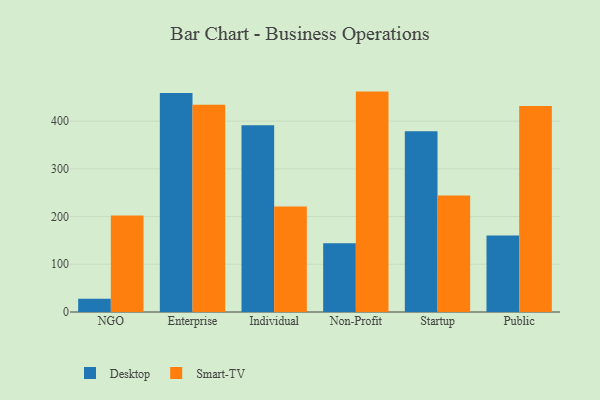
{"axis": {"x": "Segment", "y": "Inventory Turnover"}, "legend": ["Desktop", "Smart-TV"], "data": [{"x": "NGO", "y": 27.8, "type": "Desktop"}, {"x": "NGO", "y": 202.5, "type": "Smart-TV"}, {"x": "Enterprise", "y": 458.8, "type": "Desktop"}, {"x": "Enterprise", "y": 434.6, "type": "Smart-TV"}, {"x": "Individual", "y": 391.2, "type": "Desktop"}, {"x": "Individual", "y": 221.2, "type": "Smart-TV"}, {"x": "Non-Profit", "y": 143.9, "type": "Desktop"}, {"x": "Non-Profit", "y": 461.9, "type": "Smart-TV"}, {"x": "Startup", "y": 378.9, "type": "Desktop"}, {"x": "Startup", "y": 244.2, "type": "Smart-TV"}, {"x": "Public", "y": 160.3, "type": "Desktop"}, {"x": "Public", "y": 431.7, "type": "Smart-TV"}]}